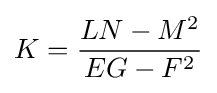
K={\frac {LN-M^{2}}{EG-F^{2}}}